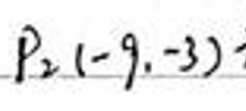
$P_2(-9,-3)$